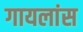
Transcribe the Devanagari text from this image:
गायलांस